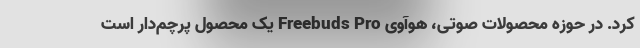
کرد. در حوزه محصولات صوتی، هوآوی Freebuds Pro یک محصول پرچم‌دار است